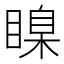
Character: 𥉒